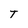
Character: T